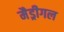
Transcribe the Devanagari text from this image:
मैड्रीगल